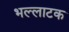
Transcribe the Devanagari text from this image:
भल्लाटक